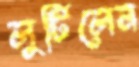
লুটিলেন